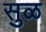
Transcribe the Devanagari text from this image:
सुळ